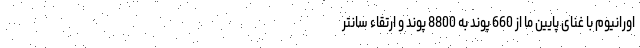
اورانیوم با غنای پایین ما از 660 پوند به 8800 پوند و ارتقاء سانتر